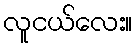
လူငယ်လေး။